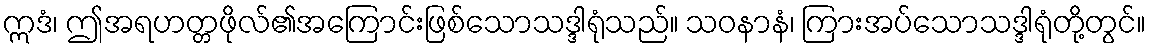
ဣဒံ၊ ဤအရဟတ္တဖိုလ်၏အကြောင်းဖြစ်သောသဒ္ဒါရုံသည်။ သဝနာနံ၊ ကြားအပ်သောသဒ္ဒါရုံတို့တွင်။